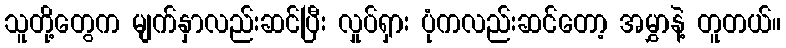
သူတို့တွေက မျက်နှာလည်းဆင်ပြီး လှုပ်ရှား ပုံကလည်းဆင်တော့ အမွှာနဲ့ တူတယ်။